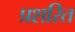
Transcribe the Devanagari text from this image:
प्रशरित